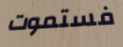
فستموت